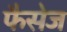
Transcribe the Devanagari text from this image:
फैसेज